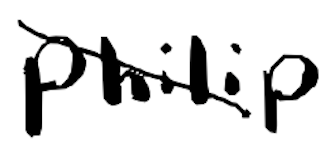
Text: Philip
Cross-out: diagonal
Writing tool: digital_black